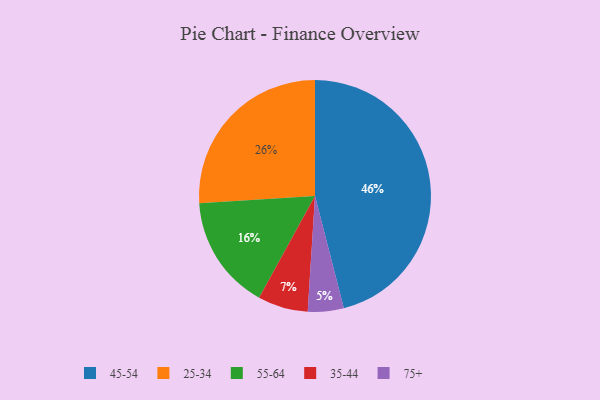
{"axis": {"x": "Category", "y": "Percentage"}, "legend": ["25-34", "35-44", "45-54", "55-64", "75+"], "data": [{"x": "55-64", "y": 16, "type": "55-64"}, {"x": "25-34", "y": 26, "type": "25-34"}, {"x": "35-44", "y": 7, "type": "35-44"}, {"x": "75+", "y": 5, "type": "75+"}, {"x": "45-54", "y": 46, "type": "45-54"}]}